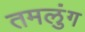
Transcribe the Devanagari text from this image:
तमलुंग